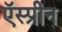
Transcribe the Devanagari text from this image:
ऍस्प्रीन